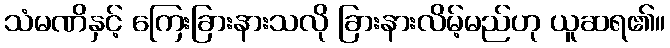
သံမဏိနှင့် ကြေးခြားနားသလို ခြားနားလိမ့်မည်ဟု ယူဆရ၏။